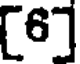
[6]